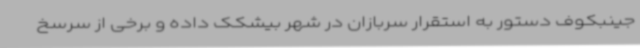
جینبکوف دستور به استقرار سربازان در شهر بیشکک داده و برخی از سرسخ